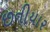
છનીયાર